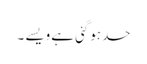
حد ہوگئی ہے ویسے ۔